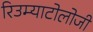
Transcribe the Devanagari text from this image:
रिउम्याटोलोजी